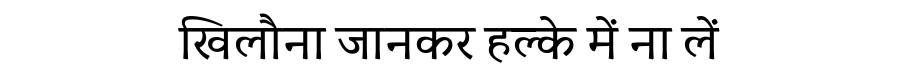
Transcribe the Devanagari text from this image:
खिलौना जानकर हल्के में ना लें